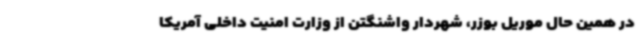
در همین حال موریل بوزر، شهردار واشنگتن از وزارت امنیت داخلی آمریکا